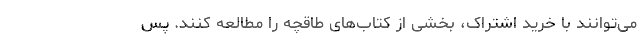
می‌توانند با خرید اشتراک، بخشی از کتاب‌های طاقچه را مطالعه کنند. پس